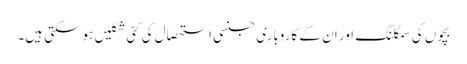
بچوں کی سمگلنگ اور ان کے کاروباری جنسی استحصال کی کئی شکلیں ہوسکتی ہیں۔